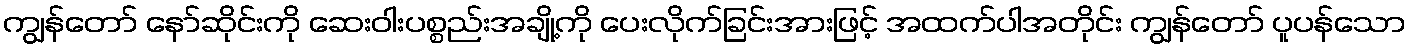
ကျွန်တော် နော်ဆိုင်းကို ဆေးဝါးပစ္စည်းအချို့ကို ပေးလိုက်ခြင်းအားဖြင့် အထက်ပါအတိုင်း ကျွန်တော် ပူပန်သော